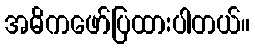
အဓိကဖော်ပြထားပါတယ်။